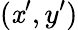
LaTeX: (\mathit{x}^{\prime},y^{\prime})